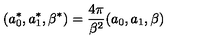
( a _ { 0 } ^ { * } , a _ { 1 } ^ { * } , \beta ^ { * } ) = \frac { 4 \pi } { \beta ^ { 2 } } ( a _ { 0 } , a _ { 1 } , \beta )